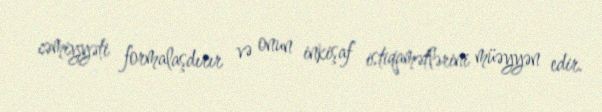
cəmiyyəti formalaşdırır və onun inkişaf istiqamətlərini müəyyən edir.